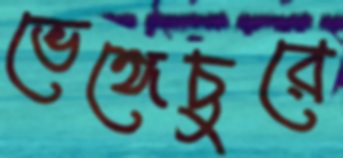
ভেঙ্গেচুরে